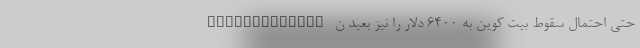
rthmanTrader" حتی احتمال سقوط بیت کوین به ۶۴۰۰ دلار را نیز بعید ن